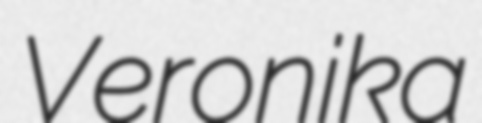
Veronika